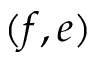
( f , e )